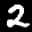
Label: 2